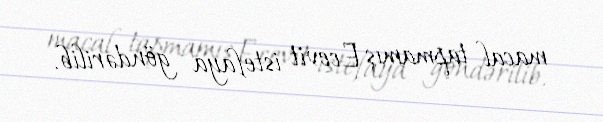
macal tapmamış Ecevit istefaya göndərilib.